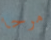
مرحا